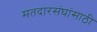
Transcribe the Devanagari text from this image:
मतदारसंघांसाठी